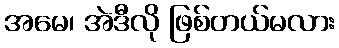
အမေ၊ အဲဒီလို ဖြစ်တယ်မလား